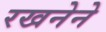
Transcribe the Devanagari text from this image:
रखनेने